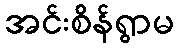
အင်းစိန်ရွာမ